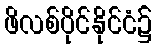
ဖိလစ်ပိုင်နိုင်ငံ၌